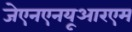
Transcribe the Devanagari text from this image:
जेएनएनयूआरएम